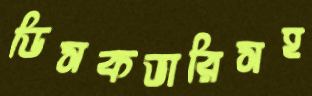
ডিসকভারিসহ